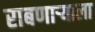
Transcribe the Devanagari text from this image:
राबणार्‍याला